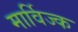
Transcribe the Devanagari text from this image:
मार्विज्क